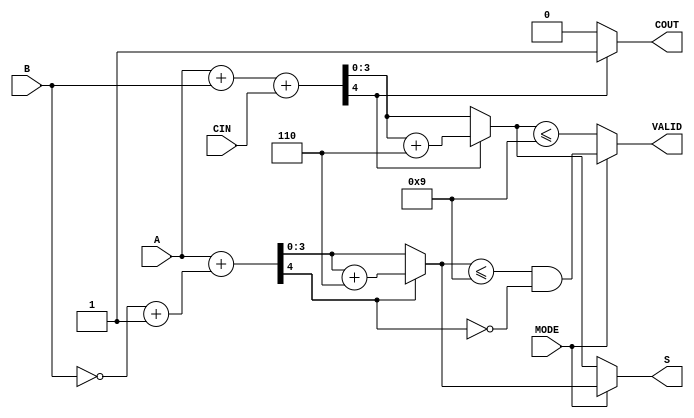
module BCD_Add_Subtracter (
    input  wire [3:0] A,      // First BCD digit
    input  wire [3:0] B,      // Second BCD digit
    input  wire MODE,         // Operation mode: 0 for addition, 1 for subtraction
    input  wire CIN,          // Carry-in for addition
    output reg  [3:0] S,      // Resulting BCD digit
    output reg  COUT,         // Carry-out for addition
    output reg  VALID         // Validity of the output BCD
);

    wire [4:0] sum;           // 5-bit sum for addition (includes carry)
    wire [4:0] sub;           // 5-bit sum for subtraction
    wire [3:0] adjusted_sum;  // Adjusted sum for BCD correction
    wire [3:0] adjusted_sub;  // Adjusted subtraction result

    // Perform binary addition
    assign sum = A + B + CIN;

    // Perform binary subtraction (A - B) using 2's complement
    assign sub = A + (~B + 4'b0001); // A + (2's complement of B)

    // Check for BCD correction for addition
    assign adjusted_sum = sum[4] ? (sum[3:0] + 4'b0110) : sum[3:0]; // Add 6 if sum exceeds 9
    assign COUT = sum[4] ? 1'b1 : 1'b0; // Set carry-out if sum exceeds 9

    // Check for BCD correction for subtraction
    assign adjusted_sub = sub[4] ? (sub[3:0] + 4'b0110) : sub[3:0]; // Add 6 if result is negative

    always @(*) begin
        if (MODE == 1'b0) begin // Addition
            S = adjusted_sum;
            VALID = (S <= 4'b1001); // Check if the result is a valid BCD
        end else begin // Subtraction
            S = adjusted_sub;
            VALID = (S <= 4'b1001) && (sub[4] == 1'b0); // Check if the result is valid BCD and not negative
        end
    end

endmodule